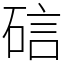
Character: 䂴